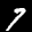
Label: 7